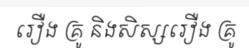
រឿង គ្រូ និងសិស្សរឿង គ្រូ